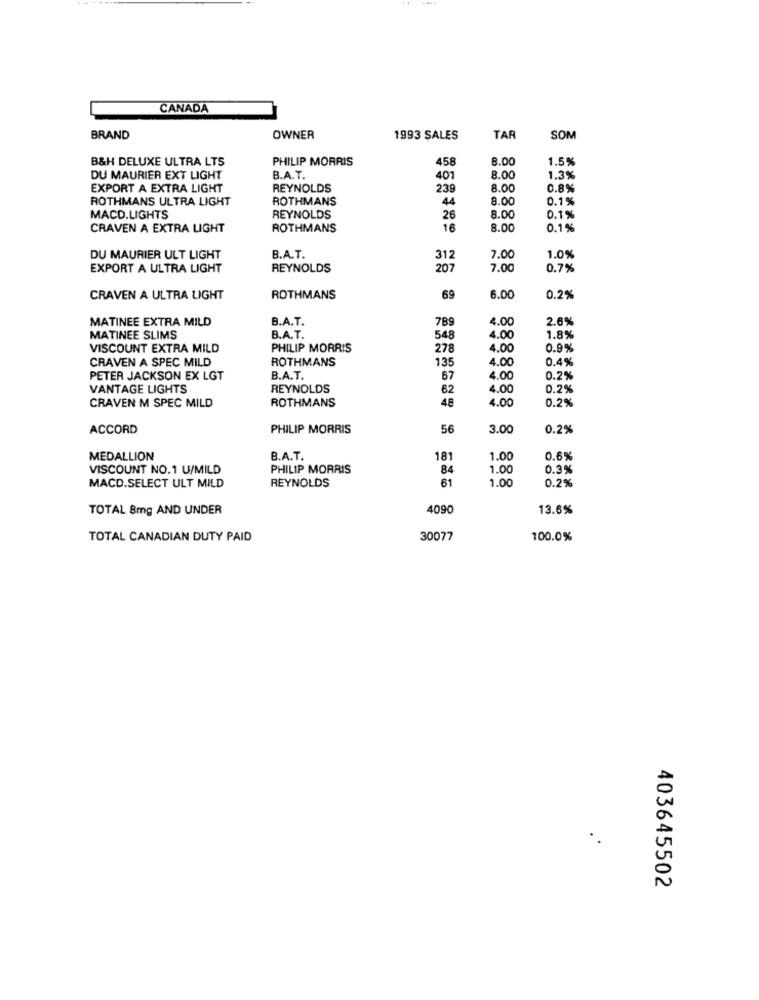
CANADA
BRAND
OWNER
1993 SALES
TAR
SON
B&H DELUXE ULTRA LTS
PHILIP MORRIS
458
8.00
1.5%
DU MAURIER EXT LIGHT
B.A.T.
401
8.00
1.3%
EXPORT A EXTRA LIGHT
REYNOLDS
239
8.00
0.8%
ROTHMANS ULTRA LIGHT
ROTHMANS
44
8.00
0.1%
MACD.LIGHTS
REYNOLDS
26
8.00
0.1%
CRAVEN A EXTRA LIGHT
ROTHMANS
16
8.00
0.1%
DU MAURIER ULT LIGHT
B.A.T.
312
7.00
1.0%
EXPORT A ULTRA LIGHT
REYNOLDS
207
7.00
0.7%
CRAVEN A ULTRA LIGHT
ROTHMANS
69
6.00
0.2%
MATINEE EXTRA MILD
B.A.T.
789
4.00
2.6%
MATINEE SLIMS
B.A.T.
548
4.00
1.8%
VISCOUNT EXTRA MILD
PHILIP MORRIS
278
4.00
0.9%
CRAVEN A SPEC MILD
ROTHMANS
4.00
0.4%
135
PETER JACKSON EX LGT
B.A.T.
67
4.00
0.2%
VANTAGE LIGHTS
REYNOLDS
62
4.00
0.2%
ROTHMANS
4.00
0.2%
CRAVEN M SPEC MILD
48
ACCORD
PHILIP MORRIS
56
3.0
0.2%
MEDALLION
B.A.T.
181
1.00
0.6%
VISCOUNT NO.1 U/MILD
PHILIP MORRIS
84
1.00
0.3%
REYNOLDS
61
1.00
0.2%
MACD.SELECT ULT MILD
TOTAL 8mg AND UNDER
4090
13.6%
TOTAL CANADIAN DUTY PAID
30077
100.0%
403645502